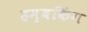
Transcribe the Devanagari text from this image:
हम्बकिंग